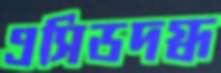
এসিডদগ্ধ